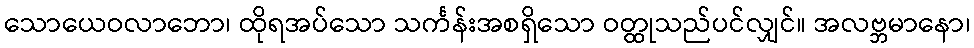
သောယေဝလာဘော၊ ထိုရအပ်သော သင်္ကန်းအစရှိသော ဝတ္ထုသည်ပင်လျှင်။ အလဗ္ဘမာနော၊